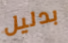
بدليل